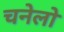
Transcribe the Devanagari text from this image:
चनेलो